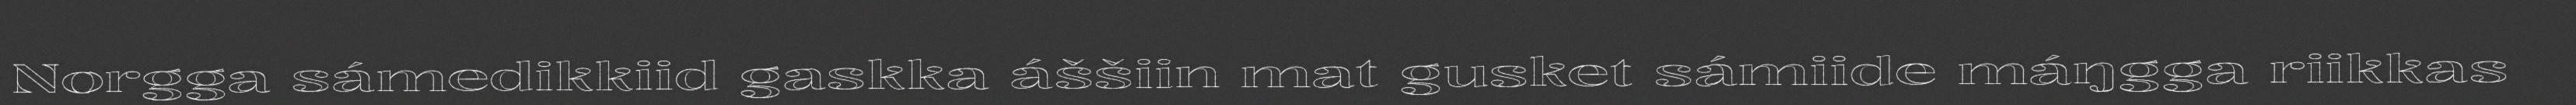
Norgga sámedikkiid gaskka áššiin mat gusket sámiide máŋgga riikkas